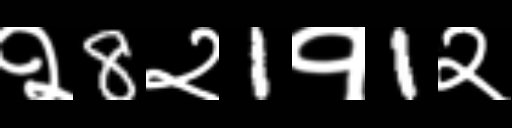
Text: २8२1१1२